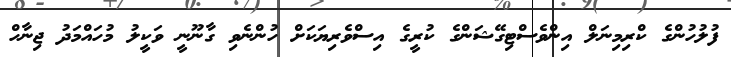
ފުލުހުންގެ ކްރިމިނަލް އިންވެސްޓިގޭޝަންގެ ކުރީގެ އިސްވެރިޔަކަށް ހުންނެވި ގާނޫނީ ވަކީލު މުހައްމަދު ޖިނާހް